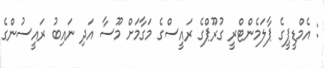
: އެމްޑީޕީގެ ޕާލަމެންޓްރީ ގުރޫޕްގެ ރައީސްގެ މަގާމަށް މޫސާ އަދި ނައިބު ރައީސުންގެ